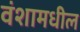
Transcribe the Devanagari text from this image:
वंशामधील